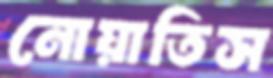
নোয়াতিস